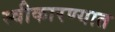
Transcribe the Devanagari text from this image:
स्‍वीकारण्‍यात